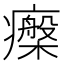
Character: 𤻧